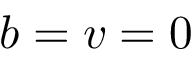
b = v = 0